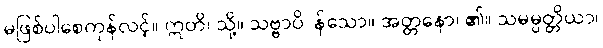
မဖြစ်ပါစေကုန်လင့်။ ဣတိ၊ သို့။ သဗ္ဗာပိ၊ န်သော။ အတ္တနော၊ ၏။ သမမ္ပတ္တိယာ၊